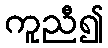
ကူညီ၍